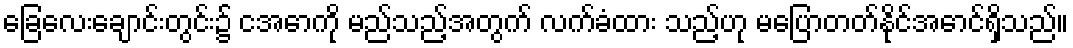
ခြေလေးချောင်းတွင်း၌ ငအောကို မည်သည့်အတွက် လက်ခံထား သည့်ဟု မပြောတတ်နိုင်အောင်ရှိသည်။